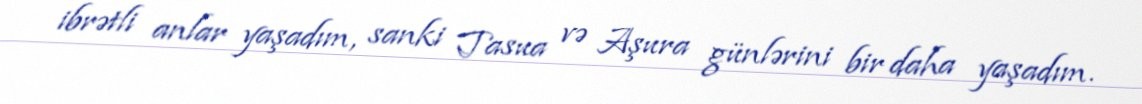
ibrətli anlar yaşadım, sanki Tasua və Aşura günlərini bir daha yaşadım.